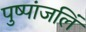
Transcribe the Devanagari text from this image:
पुष्पांजलिं